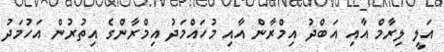
އަލީ ލިރާމް އާއި އަބްދު އިމްރާން އާއި މުހައްމަދު އިމްރާންގެ އިތުރުން އަހުމަދު